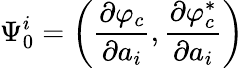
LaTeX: \Psi_{0}^{i}=\left(\frac{\partial\varphi_{c}}{\partial a_{i}},\frac{\partial\varphi_{c}^{\ast}}{\partial a_{i}}\right)